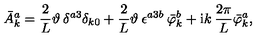
\bar { A } _ { k } ^ { a } = \frac { 2 } { L } \vartheta \: \delta ^ { a 3 } \delta _ { k 0 } + \frac { 2 } { L } \vartheta \: \epsilon ^ { a 3 b } \: \bar { \varphi } _ { k } ^ { b } + \mathrm { i } k \: \frac { 2 \pi } { L } \bar { \varphi } _ { k } ^ { a } ,